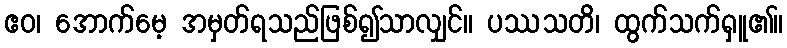
ဧဝ၊ အောက်မေ့ အမှတ်ရသည်ဖြစ်၍သာလျှင်။ ပဿသတိ၊ ထွက်သက်ရှူ၏။